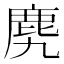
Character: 𪊌